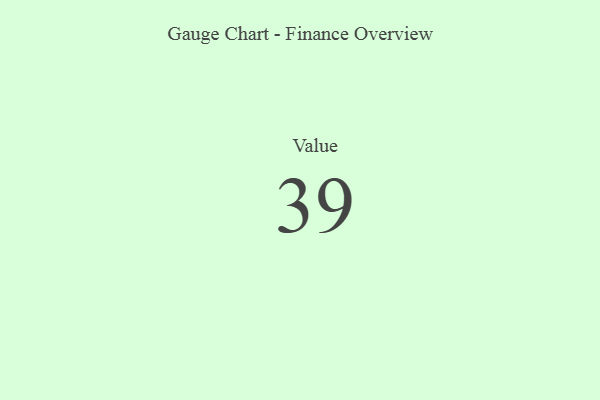
{"axis": {"x": "Metric", "y": "Value"}, "legend": [""], "data": [{"x": "Value", "y": 39, "type": ""}]}